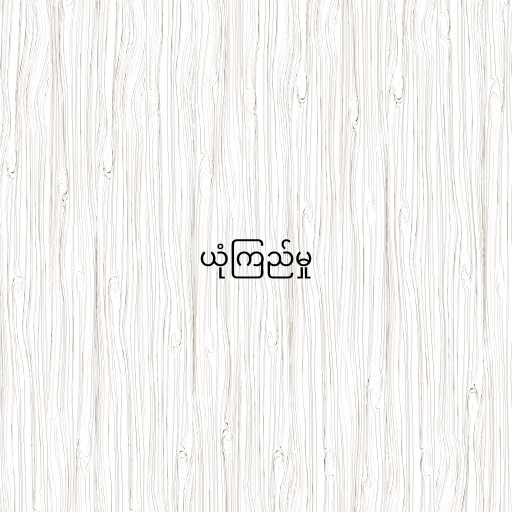
ယုံကြည်မှု